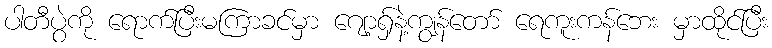
ပါတီပွဲကို ရောက်ပြီးမကြာခင်မှာ ဂျော့ရှ်နဲ့ကျွန်တော် ရေကူးကန်ဘေး မှာထိုင်ပြီး